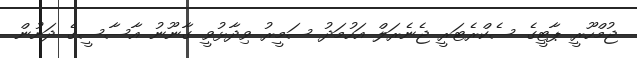
ޖުމްހޫރީ ޕާޓީގެ ސެކްރެޓަރީ ޖެނެރަލް އަހުމަދު ސަމީރު ވިދާޅުވީ ގާނޫނު އާސާސީގެ ދަށުން